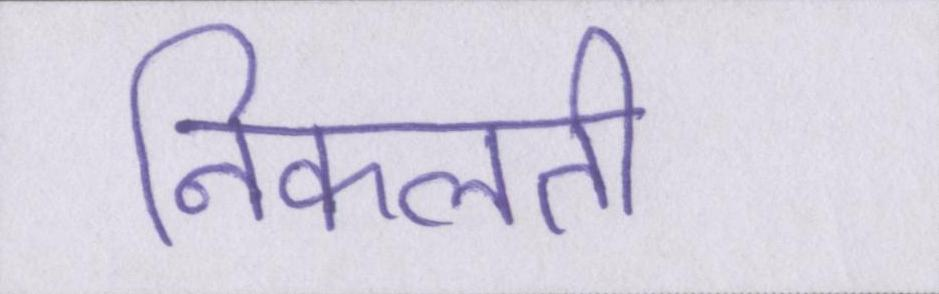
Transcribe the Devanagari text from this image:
निकलती